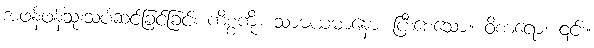
အဖန်ဖန်သုံးသပ်ဆင်ခြင်ခြင်း ကိစ္စကို။ သာဓယမာနော၊ ပြီးစေသော။ ဝိစာရော၊ ၎င်း။